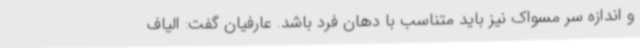
و اندازه سر مسواک نیز باید متناسب با دهان فرد باشد. عارفیان گفت: الیاف